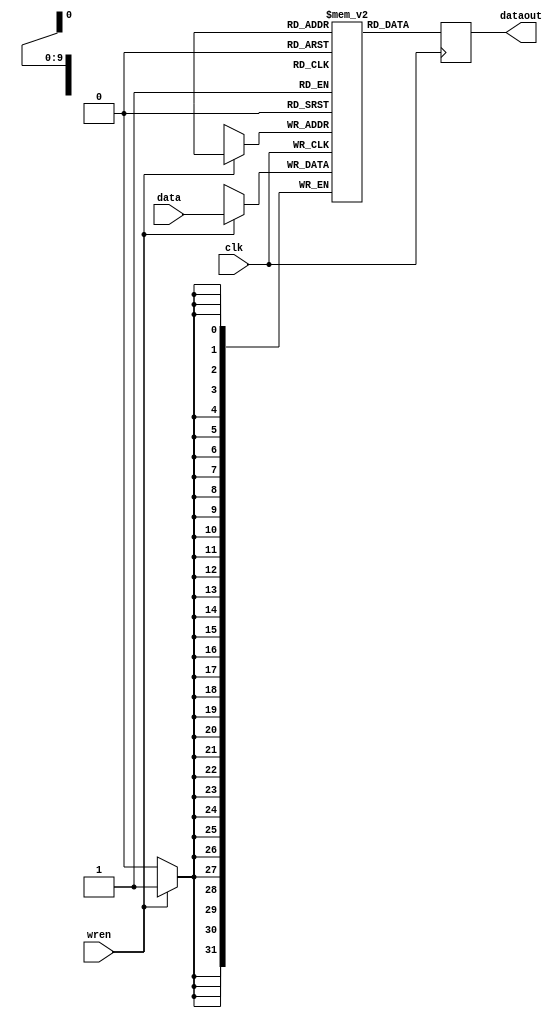
`timescale 1ns / 1ps
//////////////////////////////////////////////////////////////////////////////////
// Company: 
// Engineer: 
// 
// Design Name: 
// Module Name:    InstructionMEM 
// Project Name: 
// Target Devices: 
// Tool versions: 
// Description: 
//
// Dependencies: 
//
// Revision: 
// Revision 0.01 - File Created
// Additional Comments: 
//
//////////////////////////////////////////////////////////////////////////////////
module InstructionMEM(clk,dataout,data,wren);
 input clk,wren;
 parameter RAM_WIDTH = 32;
 parameter RAM_ADDR_BITS = 10;

//   (* RAM_STYLE="{AUTO | BLOCK |  BLOCK_POWER1 | BLOCK_POWER2}" *)
   reg [RAM_WIDTH-1:0] bram [(2**RAM_ADDR_BITS)-1:0];   //[(2**RAM_ADDR_BITS)-1:0];
   output reg [RAM_WIDTH-1:0] dataout ; //, <output_dataB>;

   reg [RAM_ADDR_BITS-1:0] writead;//, <addressB>;
   input [RAM_WIDTH-1:0] data;

   //  The following code is only necessary if you wish to initialize the RAM 
   //  contents via an external file (use $readmemb for binary data)
 //  initial
  //    $readmemh("<data_file_name>", <rom_name>, <begin_address>, <end_address>);

   always @(posedge clk)
	begin
	if (wren)
			bram[writead] <= data;
         dataout <= bram[writead];
		
  //   if (<enableB>)
   //     <output_dataB> <= <ram_name>[<addressB>];
   end






endmodule